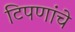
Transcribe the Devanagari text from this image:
टिपणांचे